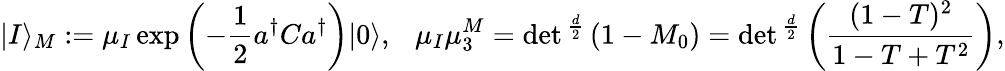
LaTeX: |I\rangle_{M}:=\mu_{I}\exp\left(-{\frac{1}{2}}a^{\dagger}Ca^{\dagger}\right)|0\rangle,\ \ \ \mu_{I}\mu_{3}^{M}=\operatorname*{det}{}^{\frac{d}{2}}\left(1-M_{0}\right)=\operatorname*{det}{}^{\frac{d}{2}}\left({\frac{(1-T)^{2}}{1-T+T^{2}}}\right),